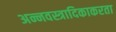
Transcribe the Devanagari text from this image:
अन्नवस्त्रादिकाकरता